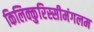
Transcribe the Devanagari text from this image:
किलिक्कुरिस्सीमंगलम